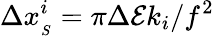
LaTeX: \Delta x_{_{S}}^{i}=\pi\Delta{\cal E}k_{i}/f^{2}